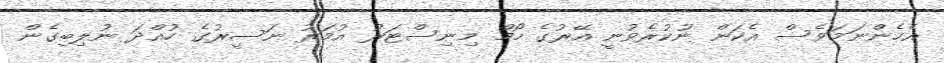
އެހެންނަމަވެސް އެކަން ނުކުރެވުނީ އޭރުގެ ހޯމް މިނިސްޓަރު އުމަރު ނަސީރުގެ ހުއްދަ ނުލިބިގެން